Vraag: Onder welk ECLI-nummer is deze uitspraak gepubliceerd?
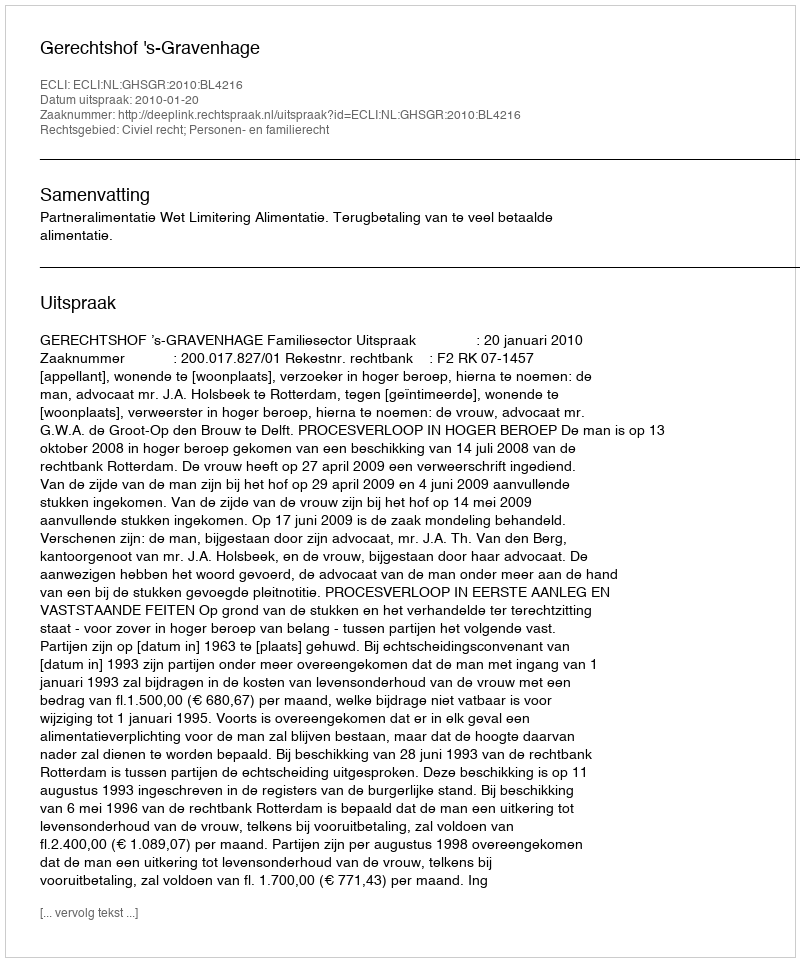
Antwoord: ECLI:NL:GHSGR:2010:BL4216